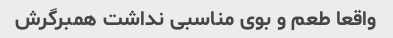
واقعا طعم و بوی مناسبی نداشت همبرگرش